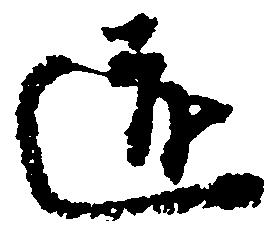
道